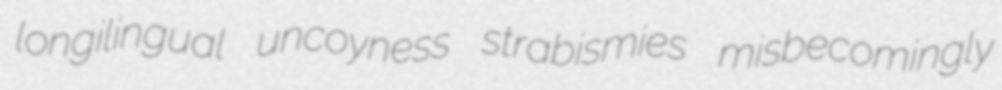
longilingual uncoyness strabismies misbecomingly